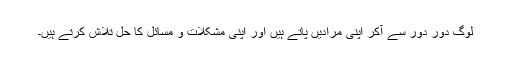
لوگ دور دور سے آکر اپنی مرادیں پاتے ہیں اور اپنی مشکلات و مسائل کا حل تلاش کرتے ہیں۔